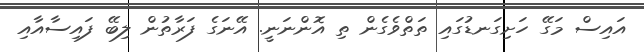
އައިސް މަގޭ ހަށިގަނޑުގައި ތަތްވެގެން ތި އޮންނަނީ. އޭނަގެ ފަރާތުން ލިބޭ ފައިސާއާއި